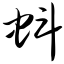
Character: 蚪